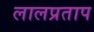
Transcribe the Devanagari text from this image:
लालप्रताप